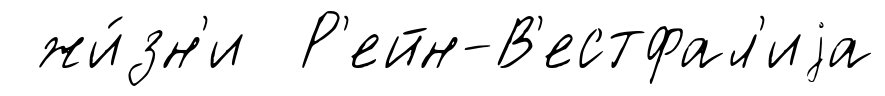
жи́зн'и Р'ейн-В'естфал'иjа